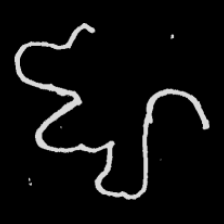
Pyu character \u2014 Myanmar letter: ဈ (romanized: jha)